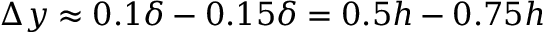
\Delta y \approx 0 . 1 \delta - 0 . 1 5 \delta = 0 . 5 h - 0 . 7 5 h